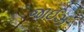
જાઈઝ